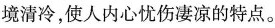
境清冷，使人内心忧伤凄凉的特点。